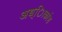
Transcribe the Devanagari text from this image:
अध्ािकांश